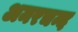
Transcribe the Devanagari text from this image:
अमरचन्द